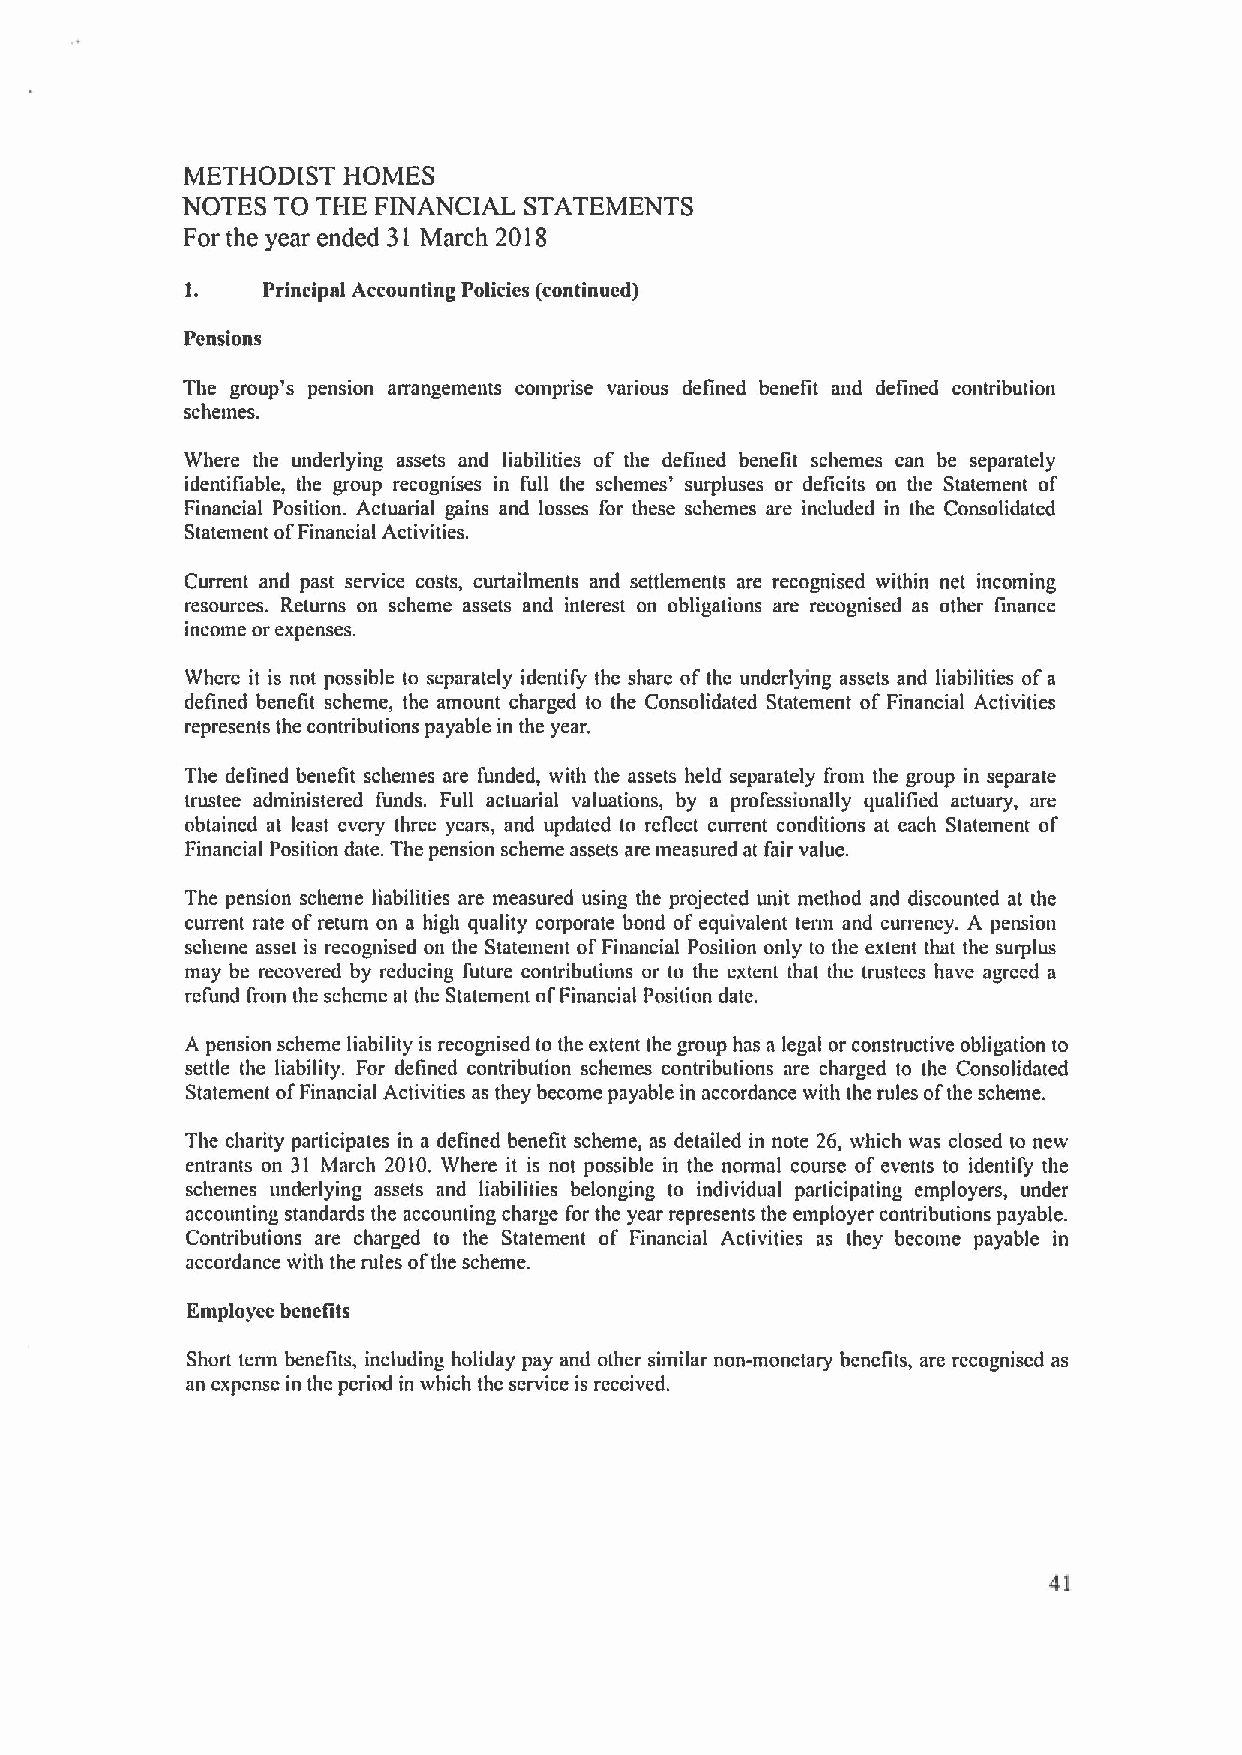
METHODIST  HOMES
 NOTES TO THE FINANCIAL STATEMENTS
 For the year ended 31 March 2018
 1.   Principal Accounting Policies (continued)
 Pensions
 The group's pension arrangements comprise various defined benefit and defined contribution
 schemes.
 Where the underlying assets and liabilities of the defined benefit schemes can be separately
 identifiable, the group recognises in full the schemes' surpluses or deficits on the Statement of
 Financial Position. Actuarial gains and losses for these schemes are included in the Consolidated
 Statement ofFinancial Activities.
 Current and past service costs, curtailments and settlements are recognised within net incoming
 resources. Returns on scheme assets and interest on obligations are recognised as other finance
 income or expenses.
 Where it is not possible to separately identify the share of the underlying assets and liabilities ofa
 deflned beneflt scheme, the amount charged to the Consolidated Statement of Financial Activities
 represents the contributions payable in the year.
 The defined benefit schemes are funded, with the assets held separately from the group in separate
 trustee administered funds. Full actuarial valuations, by a professionally qualitied actuary, are
 obtained at least every three years, and updated to reflect current conditions at each Statement of
 Financial Position date. The pension scheme assets are measured at fair value.
 The pension scheme liabilities are measured using the projected unit method and discounted at the
 current rate ofreturn on a high quality corporate bond of equivalent term and currency. A pension
 scheme asset is recognised on the Statement ofFinancial Position only to the extent that the surplus
 may be recovered by reducing future contributions or to the extent that the trustees have agreed a
 refund from the scheme at the Statement ofFinancial Position date.
 A pension scheme liability is recognised to the extent the group has a legal or constructive obligation to
 settle the liability. For defined contribution schemes contributions are charged to the Consolidated
 Statement ofFinancial Activities as they become payable in accordance with the rules ofthe scheme.
 The charity participates in a defined beneflt scheme, as detailed in note 26, which was closed to new
 entrants on 31 March 2010. Where it is not possible in the normal course of events to identify the
 schemes underlying assets and liabilities belonging to individual participating employers, under
 accounting standards the accounting charge for the year represents the employer contributions payable.
 Contributions are charged to the Statement of Financial Activities as they become payable in
 accordance with the rules ofthe scheme.
 Employee benefits
 Short tenn beneflts, including holiday pay and other similar non-monetary benetits, are recognised as
 an expense in the period in which the service is received.